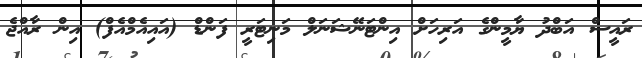
ރައީސް އަބްދު ޔާމީންގެ އަރިހަށް އިންޓަނޭޝަނަލް މަނިޓަރީ ފަންޑް (އައިއެމްއެފް) އިން ރާއްޖެ